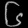
Digit: ၆